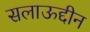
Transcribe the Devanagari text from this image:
सलाऊद्दीन